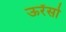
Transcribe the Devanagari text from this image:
ऊरेंसो